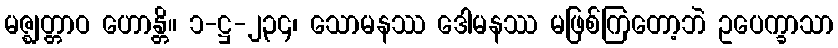
မဇ္ဈတ္တာဝ ဟောန္တိ။ ၁-ဋ္ဌ-၂၃၄၊ သောမနဿ ဒေါမနဿ မဖြစ်ကြတော့ဘဲ ဥပေက္ခာသာ